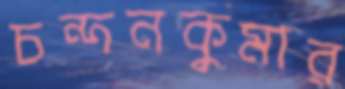
চন্দনকুমার